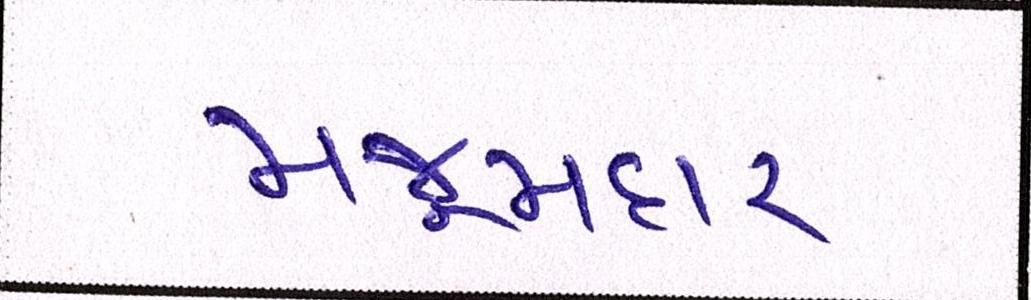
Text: મજૂમદાર